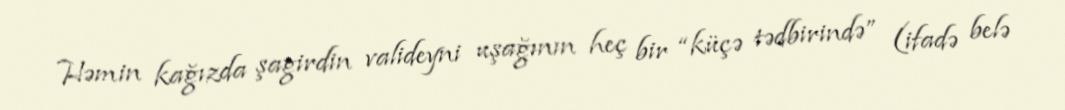
Həmin kağızda şagirdin valideyni uşağının heç bir “küçə tədbirində” (ifadə belə